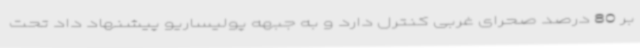
بر 80 درصد صحرای غربی کنترل دارد و به جبهه پولیساریو پیشنهاد داد تحت